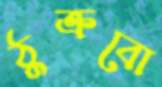
ঠুক্‌রবো